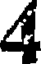
4